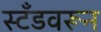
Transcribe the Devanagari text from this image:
स्टँडवरून